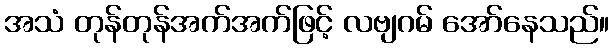
အသံ တုန်တုန်အက်အက်ဖြင့် လဗျဂမ် အော်နေသည်။